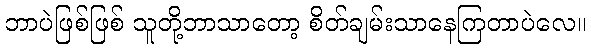
ဘာပဲဖြစ်ဖြစ် သူတို့ဘာသာတော့ စိတ်ချမ်းသာနေကြတာပဲလေ။